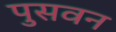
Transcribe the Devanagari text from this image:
पुसवन